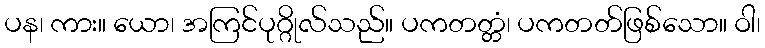
ပန၊ ကား။ ယော၊ အကြင်ပုဂ္ဂိုလ်သည်။ ပကတတ္တံ၊ ပကတတ်ဖြစ်သော။ ဝါ၊